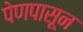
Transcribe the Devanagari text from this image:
पेणपासून